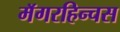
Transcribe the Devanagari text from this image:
मॅगरहिन्चस